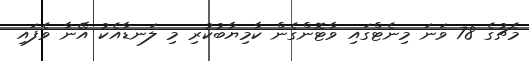
މެޗުގެ 78 ވަނަ މިނެޓްގައި ވާޓޮންގެން ކާމިޔާބުކުރި މި ލަނޑާއެކު އޭނާ ވެފައި